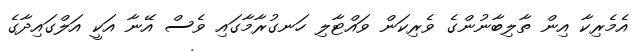
އެމެރިކާ އިން ތާލިބާނުންގެ ވެރިކަން ވައްޓާލި ހަނގުރާމާގައި ވެސް އޭނާ އަކީ އަލްގައިދާގެ